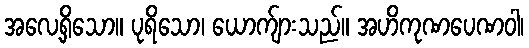
အလေ့ရှိသော။ ပုရိသော၊ ယောက်ျားသည်။ အဟိကုဏပေဏဝါ၊